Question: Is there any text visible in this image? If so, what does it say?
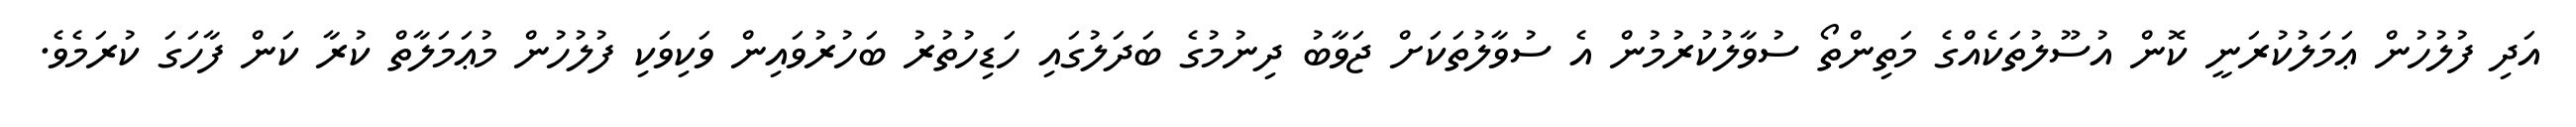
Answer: އަދި ފުލުހުން ޢަމަލުކުރަނީ ކޮން އުސޫލުތަކެއްގެ މަތިންތޯ ސުވާލުކުރުމުން އެ ސުވާލުތަކަށް ޖަވާބު ދިނުމުގެ ބަދަލުގައި ހަޑިހުތުރު ބަހުރުވައިން ވަކިވަކި ފުލުހުން މުޢަމަލާތް ކުރާ ކަން ފާހަގަ ކުރަމެވެ.